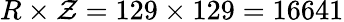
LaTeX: R\times\mathcal{Z}=129\times129=16641